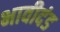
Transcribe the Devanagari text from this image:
भावीदंड